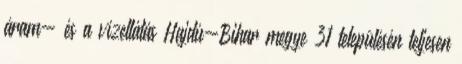
áram- és a vízellátás Hajdú-Bihar megye 31 településén teljesen